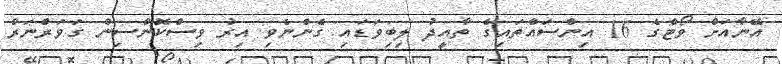
އޭނާއަށް ވޯޓްގެ 16 އިންސައްތައިގެ ތާއީދު ލިބިވަޑައި ގެންނެވި އިރު ވިސްކޮންސިން ގަވަރްނަރް